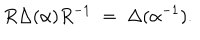
LaTeX: R \Delta ( \alpha ) R ^ { - 1 } \; = \; \Delta ( \alpha ^ { - 1 } ) .